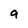
Character: a